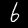
Digit: 6